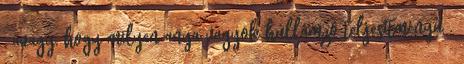
, avagy, hogy milyen anya vagyok hullámzó teljesítményű .